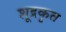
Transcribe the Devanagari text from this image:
शूद्रकृत